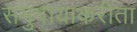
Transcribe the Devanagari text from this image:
समुदायाकरीता